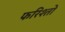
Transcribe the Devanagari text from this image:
फरिश्तो